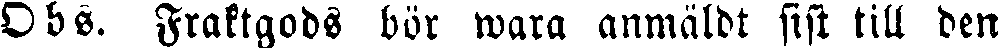
Obs. Fraktgods bör wara anmäldt sist till den